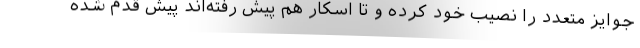
جوایز متعدد را نصیب خود کرده و تا اسکار هم پیش رفته‌اند پیش قدم شده